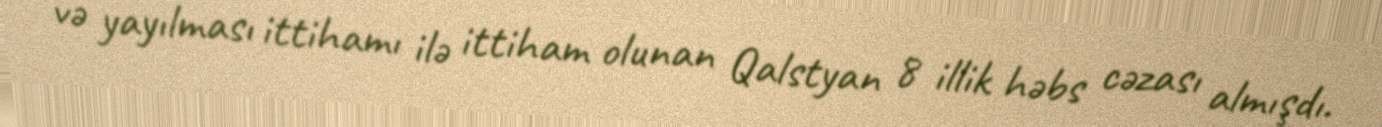
və yayılması ittihamı ilə ittiham olunan Qalstyan 8 illik həbs cəzası almışdı.